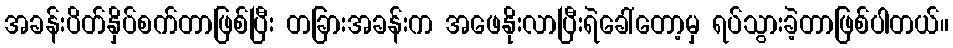
အခန်းပိတ်နှိပ်စက်တာဖြစ်ပြီး တခြားအခန်းက အဖေနိုးလာပြီးရဲခေါ်တော့မှ ရပ်သွားခဲ့တာဖြစ်ပါတယ်။